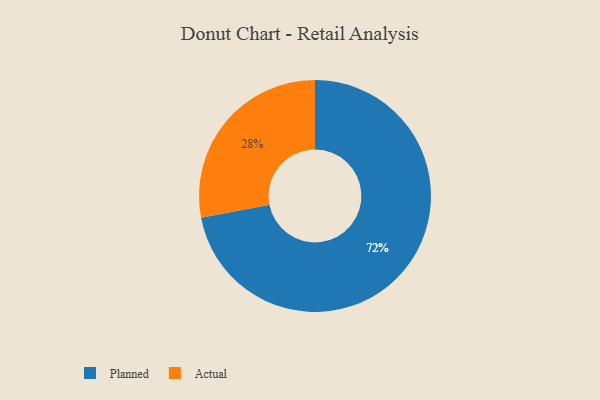
{"axis": {"x": "Category", "y": "Percentage"}, "legend": ["Actual", "Planned"], "data": [{"x": "Actual", "y": 28, "type": "Actual"}, {"x": "Planned", "y": 72, "type": "Planned"}]}